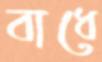
বাধে